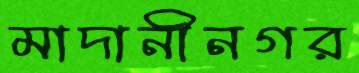
মাদানীনগর